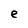
Character: e